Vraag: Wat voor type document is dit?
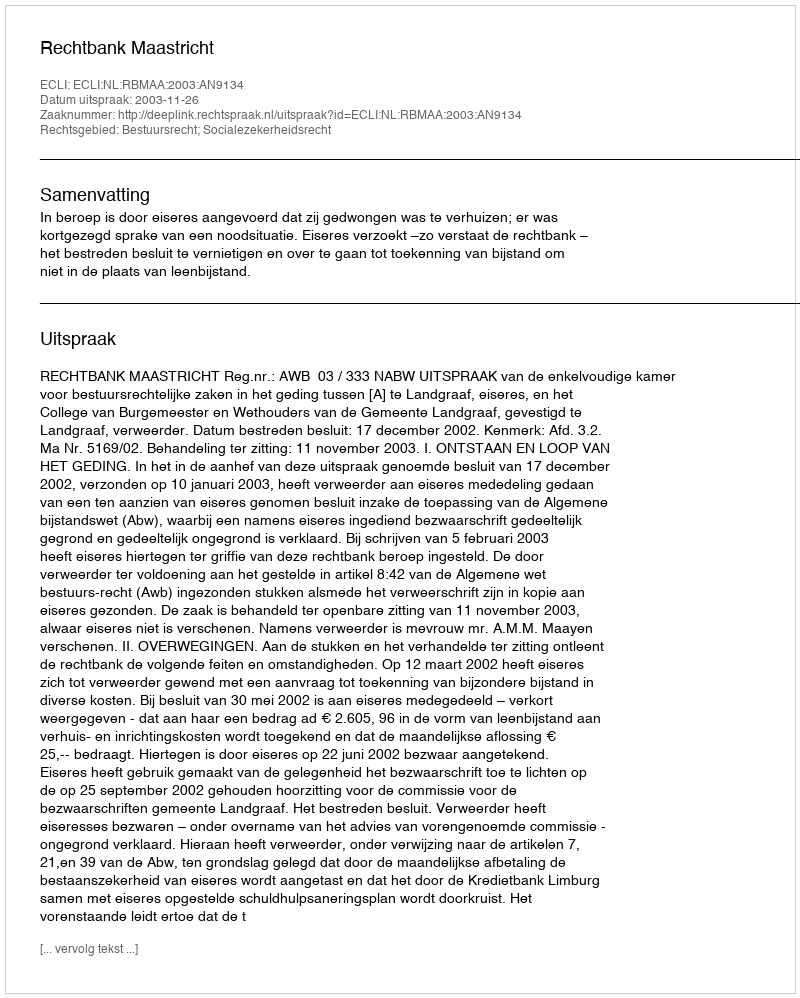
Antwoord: Uitspraak